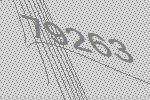
79263